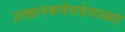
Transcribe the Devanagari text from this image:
उत्खनकवेगवेगळ्या